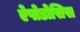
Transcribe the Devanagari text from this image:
ऐपोडोसिस